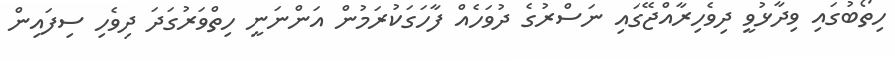
ހިތޯބުގައި ވިދާޅުވީ ދިވެހިރާއްޖޭގައި ނަސްރުގެ ދުވަހެއް ފާހަގަކުރަމުން އަންނަނީ ހިތްވަރުގަދަ ދިވެހި ސިފައިން